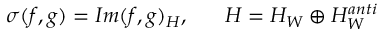
\sigma ( f , g ) = I m ( f , g ) _ { \cal H } , ~ ~ ~ ~ ~ { \cal H } = { \cal H } _ { W } \oplus { \cal H } _ { W } ^ { a n t i }